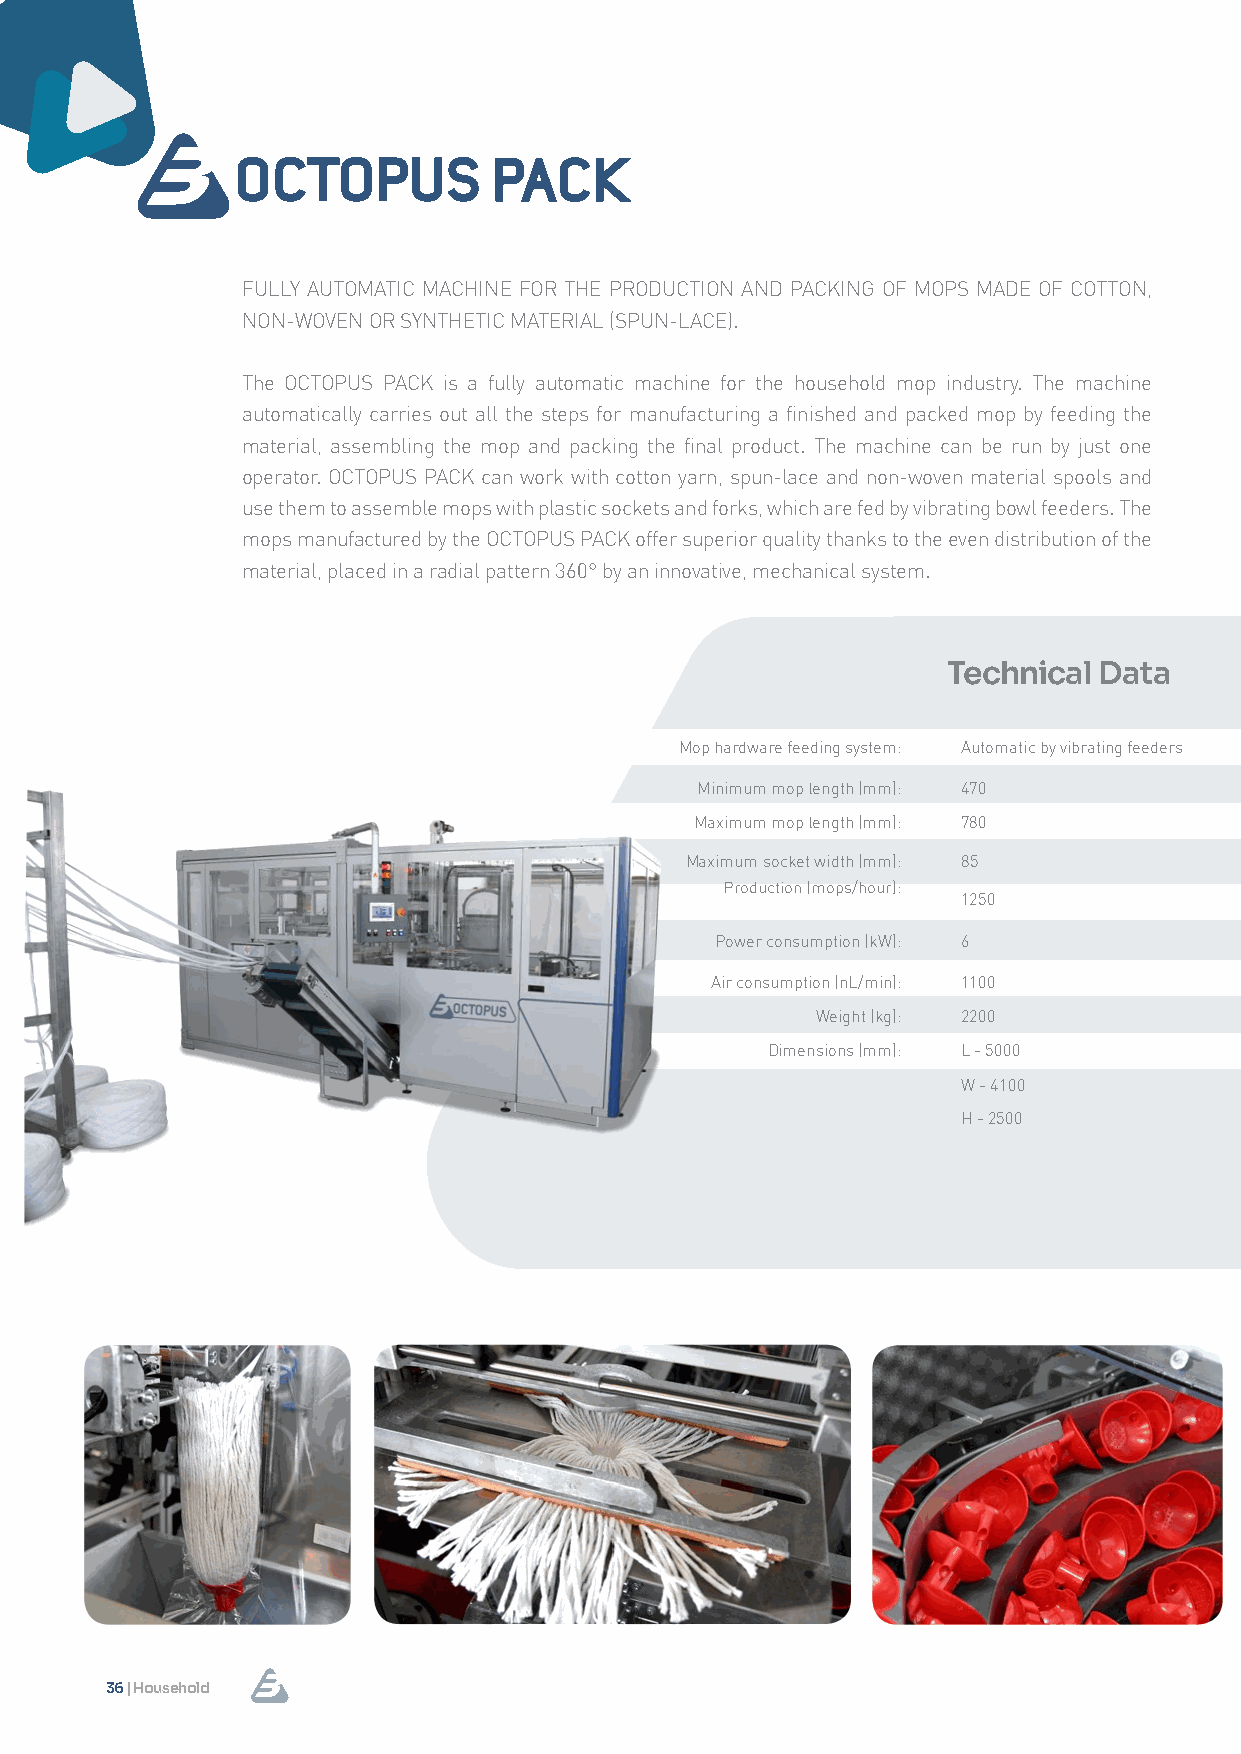
FULLY AUTOMATIC MACHINE FOR THE PRODUCTION AND PACKING OF MOPS MADE OF COTTON,
 NON-WOVEN OR SYNTHETIC MATERIAL (SPUN-LACE).
 The OCTOPUS PACK is a fully automatic machine for the household mop industry. The machine
 automatically carries out all the steps for manufacturing a finished and packed mop by feeding the
 material, assembling the mop and packing the final product. The machine can be run by just one
 operator. OCTOPUS PACK can work with cotton yarn, spun-lace and non-woven material spools and
 use them to assemble mops with plastic sockets and forks, which are fed by vibrating bowl feeders. The
 mops manufactured by the OCTOPUS PACK offer superior quality thanks to the even distribution of the
 material, placed in a radial pattern 360° by an innovative, mechanical system.
 Technical Data
 Mop hardware feeding system: Automatic by vibrating feeders
 Minimum mop length (mm): 470
 Maximum mop length (mm): 780
 Maximum socket width (mm): 85
 Production (mops/hour):
 1250
 Power consumption (kW): 6
 Air consumption (nL/min): 1100
 Weight (kg): 2200
 Dimensions (mm): L - 5000
 W - 4100
 H - 2500
 36 | Household